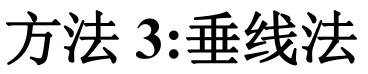
方法 3:垂线法